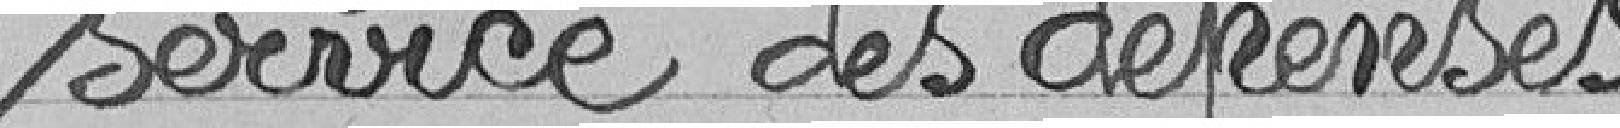
service des dépenses